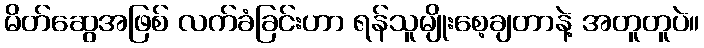
မိတ်ဆွေအဖြစ် လက်ခံခြင်းဟာ ရန်သူမျိုးစေ့ချတာနဲ့ အတူတူပဲ။